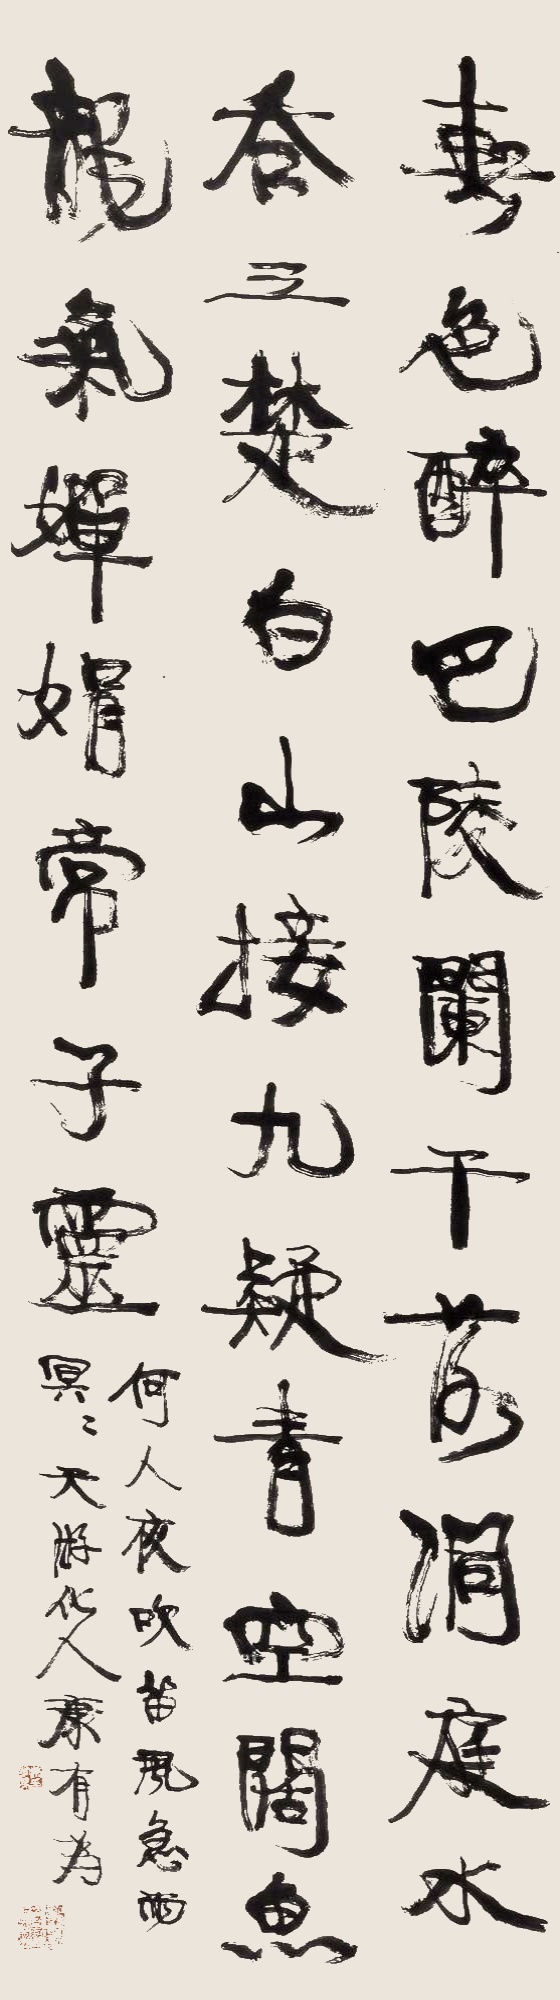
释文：春色醉巴陵，阑干落洞庭。水吞三楚白，山接九疑青。空阔鱼龙气，婵娟帝子灵。何人夜吹笛，风急雨冥冥。天游化人，康有为。